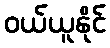
ဝယ်ယူနိုင်